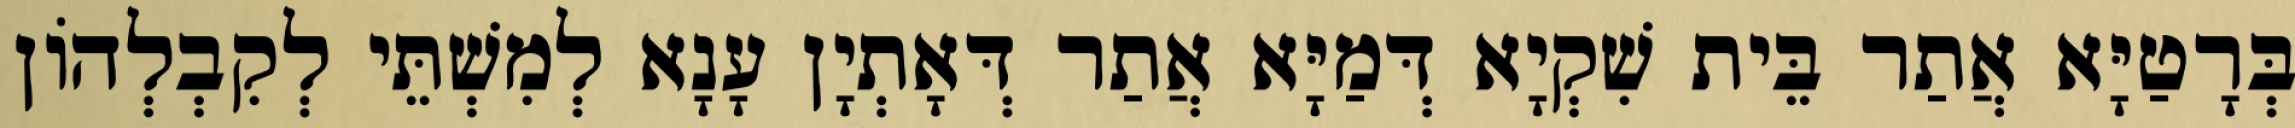
בְּרָטַיָּא אֲתַר בֵּית שִׁקְיָא דְּמַיָּא אֲתַר דְּאָתְיָן עָנָא לְמִשְׁתֵּי לְקִבְלְהוֹן